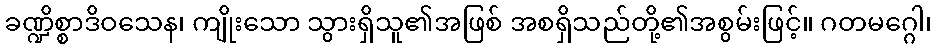
ခဏ္ဍိစ္စာဒိဝသေန၊ ကျိုးသော သွားရှိသူ၏အဖြစ် အစရှိသည်တို့၏အစွမ်းဖြင့်။ ဂတမဂ္ဂေါ၊